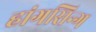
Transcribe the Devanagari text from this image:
हांगसिन्ग